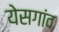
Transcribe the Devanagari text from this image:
येसगांव